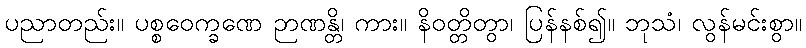
ပညာတည်း။ ပစ္စဝေက္ခဏေ ဉာဏန္တိ၊ ကား။ နိဝတ္တိတွာ၊ ပြန်နစ်၍။ ဘုသံ၊ လွန်မင်းစွာ။